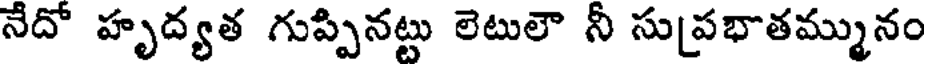
నేదో హృద్యత గుప్పినట్టు లెటులౌ నీ సుప్రభాతమ్మునం